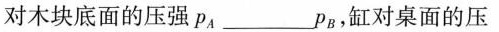
对木块底面的压强p_{A}____p_{B}，缸对桌面的压